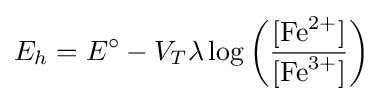
E_{h}={E^{\circ }}-V_{T}\lambda \log \left({\frac {[\mathrm {Fe} {\vphantom {A}}^{2+}]}{[\mathrm {Fe} {\vphantom {A}}^{3+}]}}\right)